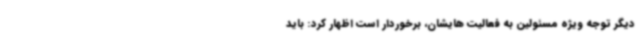
دیگر توجه ویژه مسئولین به فعالیت هایشان، برخوردار است اظهار کرد: باید